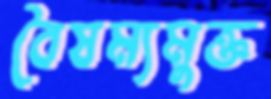
বৈষম্যমুক্ত